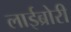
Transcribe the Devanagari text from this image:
लाईब्रोरी